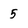
Character: 5